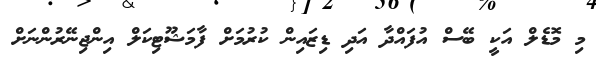
މި މޮޑެލް އަކީ ބޭސް އުފައްދާ އަދި ޑިޒައިން ކުރުމަށް ފާމަޝޫޓިކަލް އިންޖިނޭރުންނަށް